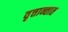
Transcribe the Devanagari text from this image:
वृत्तान्तात